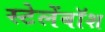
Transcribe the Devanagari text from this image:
स्टेलेंबॉश